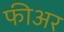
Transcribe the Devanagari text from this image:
फीअर